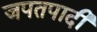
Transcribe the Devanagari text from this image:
जपतपादी